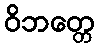
ဝိဘတ္တေ